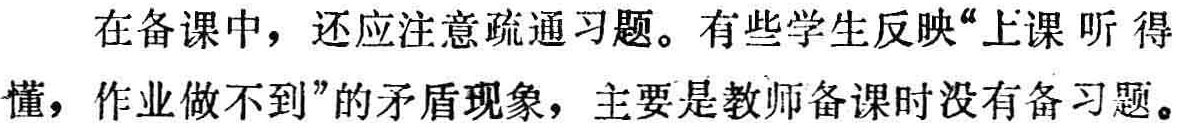
在备课中，还应注意疏通习题。有些学生反映“上课听得懂，作业做不到”的矛盾现象，主要是教师备课时没有备习题。